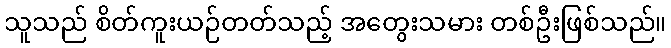
သူသည် စိတ်ကူးယဉ်တတ်သည့် အတွေးသမား တစ်ဦးဖြစ်သည်။